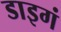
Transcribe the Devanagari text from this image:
डाइगं